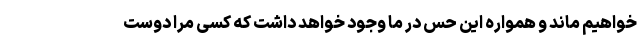
خواهیم ماند و همواره این حس در ما وجود خواهد داشت که کسی مرا دوست